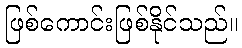
ဖြစ်ကောင်းဖြစ်နိုင်သည်။